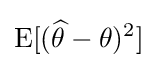
\operatorname {E} [({\widehat {\theta }}-\theta )^{2}]